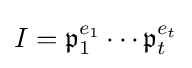
I={\mathfrak {p}}_{1}^{e_{1}}\cdots {\mathfrak {p}}_{t}^{e_{t}}